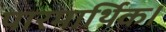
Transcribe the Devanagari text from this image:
पारमार्थिक।